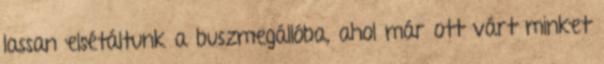
lassan elsétáltunk a buszmegállóba, ahol már ott várt minket